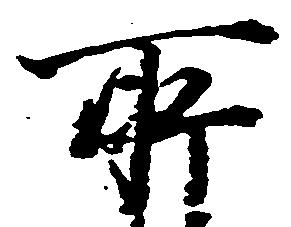
所